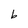
Character: b